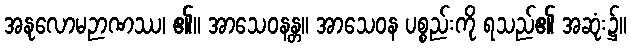
အနုလောမဉာဏဿ၊ ၏။ အာသေဝနန္တ။ အာသေဝန ပစ္စည်းကို ရသည်၏ အဆုံး၌။